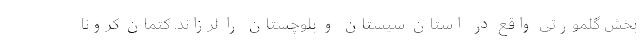
بخش گلمورتی واقع در استان سیستان و بلوچستان را لرزاند. کتمان کرونا